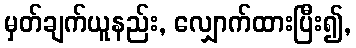
မှတ်ချက်ယူနည်း, လျှောက်ထားပြီး၍,